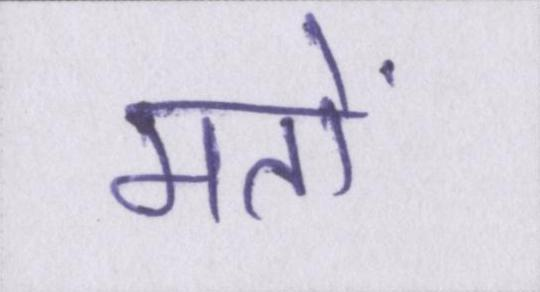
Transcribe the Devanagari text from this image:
मतों